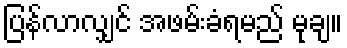
ပြန်လာလျှင် အဖမ်းခံရမည် မုချ။